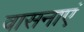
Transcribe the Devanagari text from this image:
वासनाएं